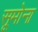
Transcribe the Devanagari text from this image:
सूमोना